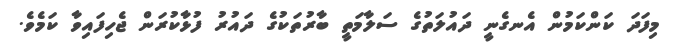
މިފަދަ ކަންކަމުން އެނގެނީ ދައުލަތުގެ ސަލާމަތީ ބާރުތަކުގެ ދައުރު ފުޅާކުރަން ޖެހިފައިވާ ކަމެވެ.